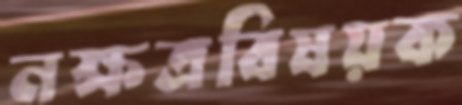
নক্ষত্রবিষয়ক